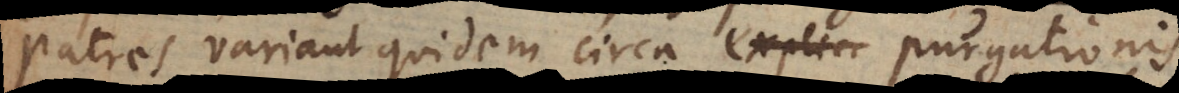
variant quidem circa purgationis